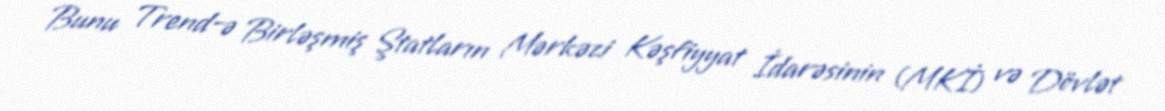
Bunu Trend-ə Birləşmiş Ştatların Mərkəzi Kəşfiyyat İdarəsinin (MKİ) və Dövlət